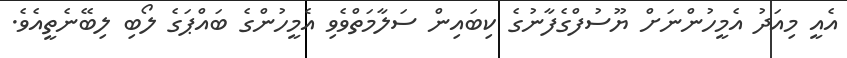
އެއީ މިއަދު އެމީހުންނަށް ޔޫސުފްގެފާނުގެ ކިބައިން ސަލާމަތްވެވި އެމީހުންގެ ބައްޕަގެ ލޯބި ލިބޭނެތީއެވެ.